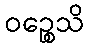
ဝဉ္စေသိ